Annual report on the health of the army in India
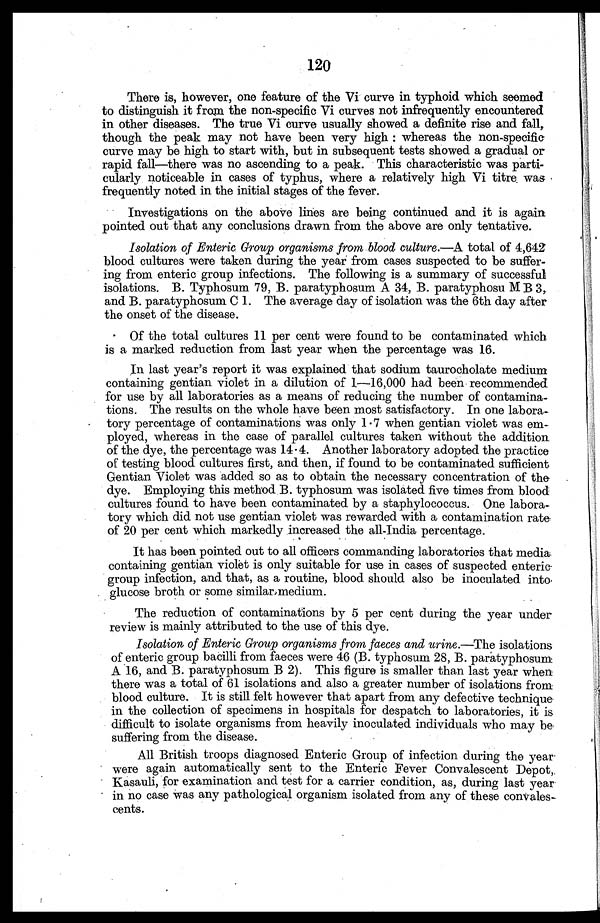
120
There is, however, one feature of the Vi curve in typhoid which seemed
to distinguish it from the non-specific Vi curves not infrequently encountered
in other diseases. The true Vi curve usually showed a definite rise and fall,
though the peak may not have been very high: whereas the non-specific
curve may be high to start with, but in subsequent tests showed a gradual or
rapid fall—there was no ascending to a peak. This characteristic was parti
-cularly noticeable in cases of typhus, where a relatively high Vi titre was
frequently noted in the initial stages of the fever.
Investigations on the above lines are being continued and it is again
pointed out that any conclusions drawn from the above are only tentative.
Isolation of Enteric Group organisms from blood culture.—A total of 4,642
blood cultures were taken during the year from cases suspected to be suffer
- i n g f r o m e n t e r i c g r o u p i n f e c t i o n s . T h e f o l l o w i n g i s a s u m m a r y o f s u c c e s s f u l
isolations. B. Typhosum 79, B. paratyphosum A 34, B. paratyphosu M B 3,
and B. paratyphosum C 1. The average day of isolation was the 6th day after
the onset of the disease.
Of the total cultures 11 per cent were found to be contaminated which
is a marked reduction from last year when the percentage was 16.
In last year's report it was explained that sodium taurocholate medium
containing gentian violet in a dilution of 1—16,000 had been recommended
for use by all laboratories as a means of reducing the number of contamina
-tions. The results on the whole have been most satisfactory. In one labora-
tory percentage of contaminations was only 1 . 7 when gentian violet was em
- p l o y e d , w h e r e a s i n t h e c a s e o f p a r a l l e l c u l t u r e s t a k e n w i t h o u t t h e a d d i t i o n
of the dye, the percentage was 14 . 4. Another laboratory adopted the practice
of testing blood cultures first, and then, if found to be contaminated sufficient
Gentian Violet was added so as to obtain the necessary concentration of the
dye. Employing this method B. typhosum was isolated five times from blood
cultures found to have been contaminated by a staphylococcus. One labora
-tory which did not use gentian violet was rewarded with a contamination rate
of 20 per cent which markedly increased the all-India percentage.
It has been pointed out to all officers commanding laboratories that media
containing gentian violet is only suitable for use in cases of suspected enteric
group infection, and that, as a routine, blood should also be inoculated into
glucose broth or some similar medium.
The reduction of contaminations by 5 per cent during the year under
review is mainly attributed to the use of this dye.
Isolation of Enteric Group organisms from faeces and urine .—The isolations
of enteric group bacilli from faeces were 46 (B. typhosum 28, B. paratyphosum
A 16, and B. paratyphosum B 2). This figure is smaller than last year when
there was a total of 61 isolations and also a greater number of isolations from
blood culture. It is still felt however that apart from any defective technique
in the collection of specimens in hospitals for despatch to laboratories, it is
difficult to isolate organisms from heavily inoculated individuals who may be
suffering from the disease.
All British troops diagnosed Enteric Group of infection during the year
were again automatically sent to the Enteric Fever Convalescent Depot,
Kasauli, for examination and test for a carrier condition, as, during last year
in no case was any pathological organism isolated from any of these convales
- c e n t s .